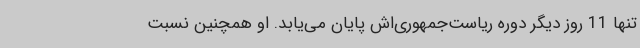
تنها 11 روز دیگر دوره ریاست‌جمهوری‌اش پایان می‌یابد. او همچنین نسبت